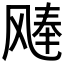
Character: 𫗉